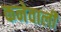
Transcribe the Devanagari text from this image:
कनेवाली